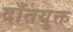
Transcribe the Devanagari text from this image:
दाँतयुक्त